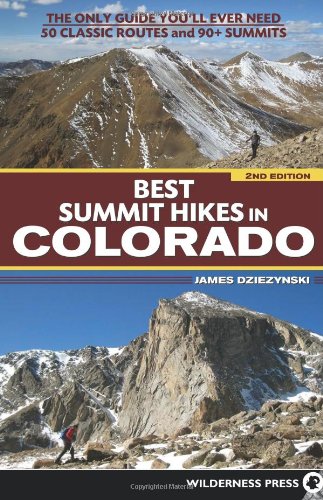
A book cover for Best Summit Hikes in Colorado: An Opinionated Guide to 50+ Ascents of Classic and Little-Known Peaks from 8,144 to 14,433 feet; James Dziezynski; Health, Fitness & Dieting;